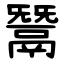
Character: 鬵